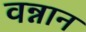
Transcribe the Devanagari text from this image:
वन्नान